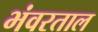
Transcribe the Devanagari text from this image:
भंवरताल